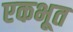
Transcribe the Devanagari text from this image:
एकभूत